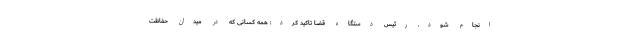
انجام شود. رئیس دستگاه قضا تاکید کرد: همه کسانی که در میدان حفاظت